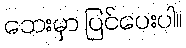
ဘေးမှာ ပြင်ပေးပါ။